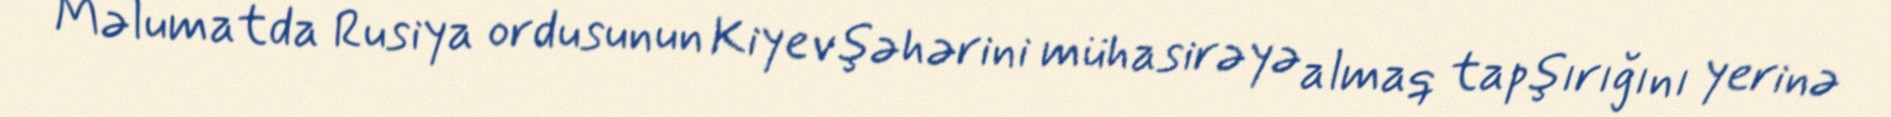
Məlumatda Rusiya ordusunun Kiyev şəhərini mühasirəyə almaq tapşırığını yerinə